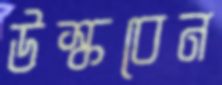
উস্‌কবেন